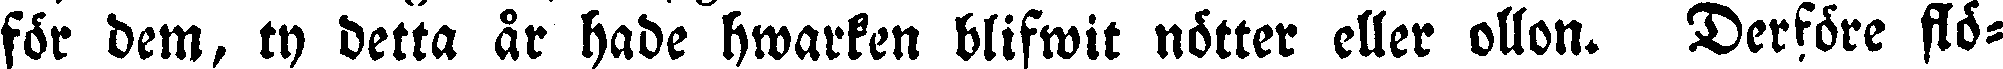
för dem, ty detta år hade hwarken blifwit nötter eller ollon. Derföre flö-